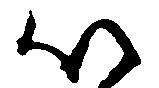
以